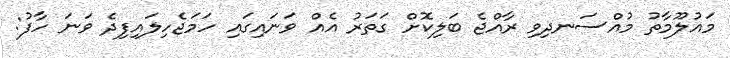
މައުލޫމާތު މުއްސަނދިވި ރާއްޖެ ބަލިކޮށް ގަތަރު އެއް ވަނައިގައި ހަަަމަޖެހިލައިފިދެ ވަނަ ހާފު: